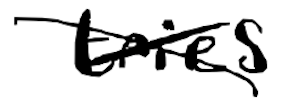
Text: tries
Cross-out: mix
Writing tool: digital_black